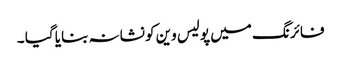
فائرنگ میں پولیس وین کو نشانہ بنایا گیا ۔